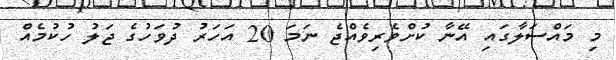
މި މައްސަލާގައި އޭނާ ކުށްވެރިވެއްޖެ ނަމަ 20 އަހަރު ދުވަހުގެ ޖަލު ހުކުމެއް